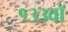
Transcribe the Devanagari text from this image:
१३३वॉ